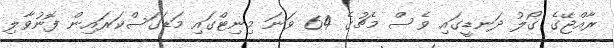
ރާއްޖޭގެ ގޯލު ދަނޑީގައި ވެސް މެޗުގެ 64 ވަނަ މިނިޓްގައި މަޑަގަސްކަރައިން ފޮނުވާލި